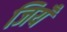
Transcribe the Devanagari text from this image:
जियँ